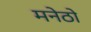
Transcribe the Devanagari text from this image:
मनेठो